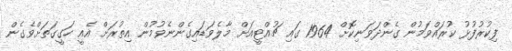
ފިކުރުފުޅު ކުރައްވަމުން ގެންދަވަނިކޮށް 1964 ގައި ޗުއްޓީއަށް މާލެވަޑައިގެންނެވުމުން އިތުރަށް އެއީ ހަގީގަތަށްވެގެން